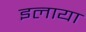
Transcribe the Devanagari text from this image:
इलाया